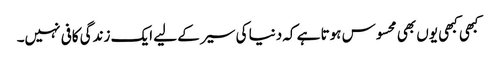
کبھی کبھی یوں بھی محسوس ہوتا ہے کہ دنیا کی سیر کے لیے ایک زندگی کافی نہیں۔